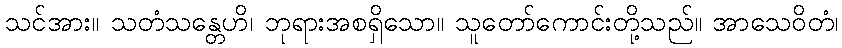
သင်အား။ သတံသန္တေဟိ၊ ဘုရားအစရှိသော။ သူတော်ကောင်းတို့သည်။ အာသေဝိတံ၊